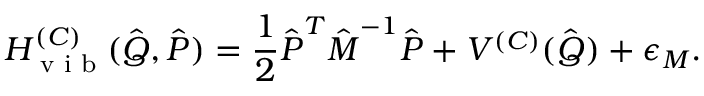
H _ { \textrm { v i b } } ^ { ( C ) } ( \hat { \boldsymbol { Q } } , \hat { \boldsymbol { P } } ) = \frac { 1 } { 2 } \hat { \boldsymbol { P } } ^ { T } \hat { \boldsymbol { M } } ^ { - 1 } \hat { \boldsymbol { P } } + V ^ { ( C ) } ( \hat { \boldsymbol { Q } } ) + \epsilon _ { M } .